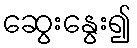
ဆွေးနွေး၍